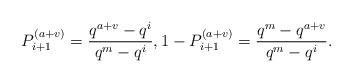
LaTeX: \begin{align*} P_{i+1}^{(a+v)} = \frac{q^{a+v} - q^i}{q^m - q^i}, 1 - P_{i+1}^{(a+v)} = \frac{q^m - q^{a+v}}{q^m - q^i}.\end{align*}